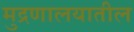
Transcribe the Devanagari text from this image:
मुद्रणालयातील